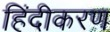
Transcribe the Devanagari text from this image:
हिंदीकरण